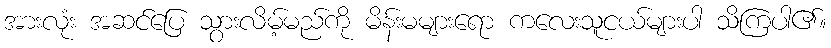
အားလုံး အဆင်ပြေ သွားလိမ့်မည်ကို မိန်းမများရော ကလေးသူငယ်များပါ သိကြပါ၏။